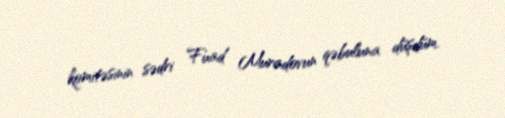
komitəsinin sədri Fuad Muradovun qəbuluna düşdüm.